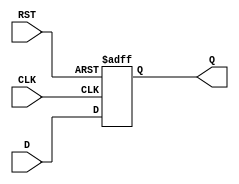
module StoreRegister #(
    parameter WIDTH = 8  // Parameter for the width of the register
)(
    input  wire [WIDTH-1:0] D,    // Data input
    input  wire CLK,                // Clock input
    input  wire RST,                // Reset input
    output reg  [WIDTH-1:0] Q       // Data output
);

// Asynchronous reset implementation
always @(posedge CLK or posedge RST) begin
    if (RST) begin
        Q <= {WIDTH{1'b0}}; // Reset output to 0
    end else begin
        Q <= D; // Capture data on clock edge
    end
end

endmodule